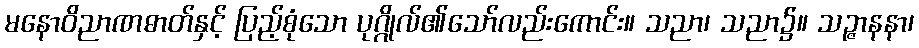
မနောဝိညာဏဓာတ်နှင့် ပြည့်စုံသော ပုဂ္ဂိုလ်၏သော်လည်းကောင်း။ သညာ၊ သညာ၌။ သဉ္ဇာနနာ၊